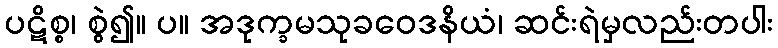
ပဋိစ္စ၊ စွဲ၍။ ပ။ အဒုက္ခမသုခဝေဒနိယံ၊ ဆင်းရဲမှလည်းတပါး